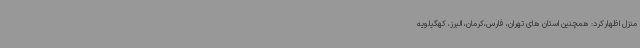
منزل اظهارکرد: همچنین استان های تهران، فارس،کرمان، البرز، کهگیلویه